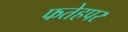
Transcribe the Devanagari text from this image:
फतेहपर